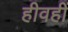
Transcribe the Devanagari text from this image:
हीवहीं